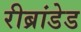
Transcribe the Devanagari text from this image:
रीब्रांडेड